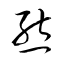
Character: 熊